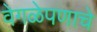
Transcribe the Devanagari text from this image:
वेगळेपणाचे